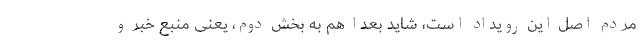
مردم اصل این رویداد است، شاید بعداً هم به بخش دوم، یعنی منبع خبر و